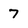
Character: 7